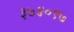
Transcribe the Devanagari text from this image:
३७४०९७